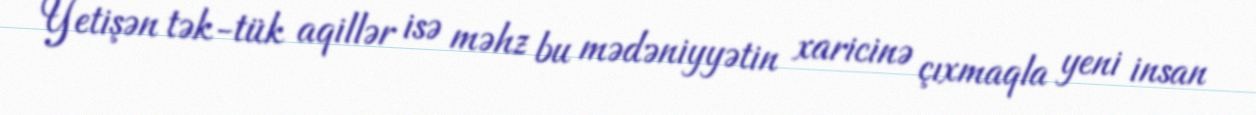
Yetişən tək-tük aqillər isə məhz bu mədəniyyətin xaricinə çıxmaqla yeni insan